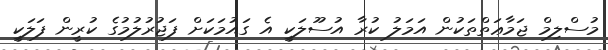
މުސްލިމް ޖަމާޢަތްތަކުން އަމަލު ކުރާ އުސޫލަކީ އެ ގައުމަކަށް ފަޖުރުލުމުގެ ކުރީން ފަލަކީ